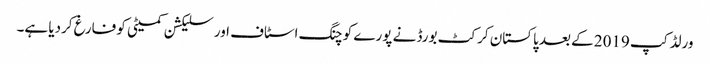
ورلڈ کپ 2019 کے بعد پاکستان کرکٹ بورڈ نے پورے کوچنگ اسٹاف اور سلیکشن کمیٹی کو فارغ کردیا ہے۔